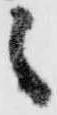
之